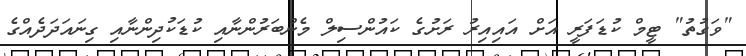
"ވަގުތު" ޓީމް ކުޑަފަރީ އަށް އައިއިރު ރަށުގެ ކައުންސިލް މެންބަރުންނާއި ކުޑަކުދިންނާއި ގިނައަދަދެއްގެ